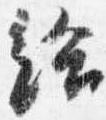
給